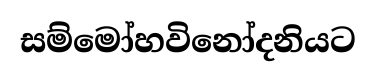
සම්මෝහවිනෝදනියට